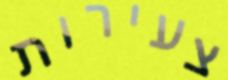
צעירות